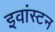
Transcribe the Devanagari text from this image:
इवांस्टन